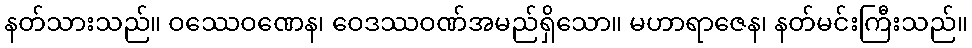
နတ်သားသည်။ ဝဿေဝဏေန၊ ဝေဒဿဝဏ်အမည်ရှိသော။ မဟာရာဇေန၊ နတ်မင်းကြီးသည်။